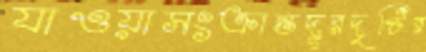
যাওয়াসংক্রান্তদূরদৃষ্টির